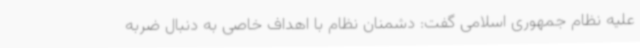
علیه نظام جمهوری اسلامی گفت: دشمنان نظام با اهداف خاصی به دنبال ضربه